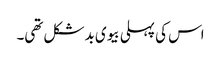
اس کی پہلی بیوی بدشکل تھی۔